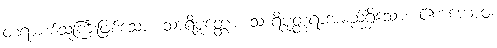
တရားစစ်သူကြီးဖြစ်သော။ သာရိပုတ္တော၊ သာရိပုတ္တရာအမည်ရှိသော။ ဧကကောဝ၊